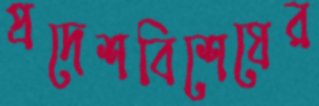
প্রদেশবিশেষের